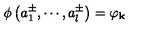
\phi \left( a _ { 1 } ^ { \pm } , \cdots , a _ { l } ^ { \pm } \right) = \varphi _ { \mathbf { k } }